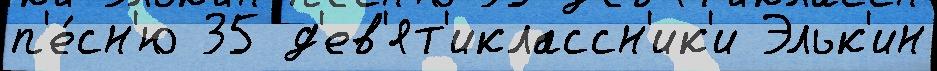
п'е́сн'ю 35 д'ев'ят'иклассн'ик'и Эльк'ин